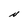
Character: N